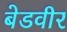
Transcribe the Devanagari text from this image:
बेडवीर